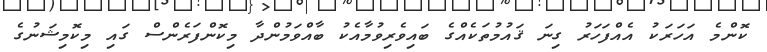
ކޮންމެ އަހަރަކު އެއްފަހަރު ގިނަ ޤައުމުތަކެއްގެ ބައިވެރިވުމާއެކު ބާއްވަމުންދާ މިކޮންފަރެންސް ގައި މިކޮމިޝަނުގެ